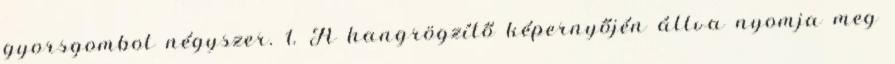
gyorsgombot négyszer. 1. A hangrögzítő képernyőjén állva nyomja meg